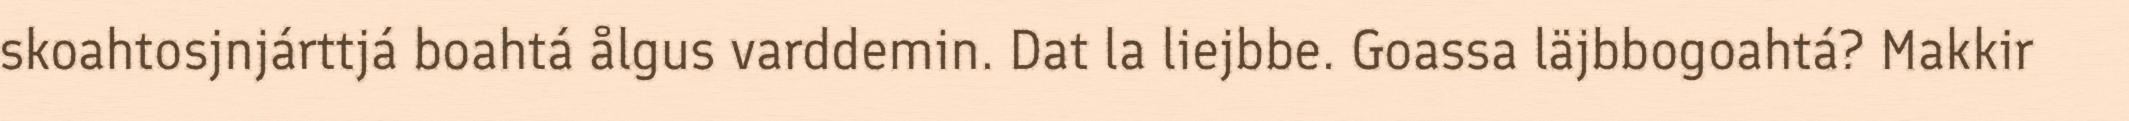
skoahtosjnjárttjá boahtá ålgus varddemin. Dat la liejbbe. Goassa läjbbogoahtá? Makkir